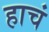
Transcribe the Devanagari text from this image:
हाचं